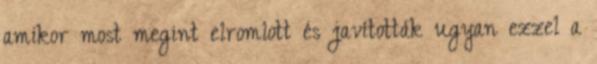
amikor most megint elromlott és javították ugyan ezzel a